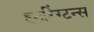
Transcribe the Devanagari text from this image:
हनटिंग्टन्स